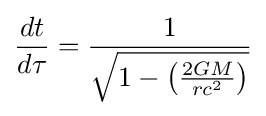
{\frac {dt}{d\tau }}={\frac {1}{\sqrt {1-\left({\frac {2GM}{rc^{2}}}\right)}}}